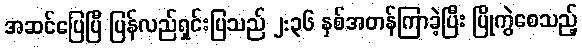
အဆင်ပြေပြီ ပြန်လည်ရှင်းပြသည် ၂:၃၆ နှစ်အတန်ကြာခဲ့ပြီး ပြိုကွဲစေသည့်